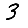
Digit: 3